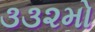
૩૩૨મો